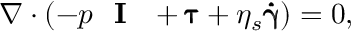
\nabla \cdot ( - p \textnormal { \bf { I } } + \pmb { \uptau } + \eta _ { s } \pmb { \dot { \upgamma } } ) = 0 ,